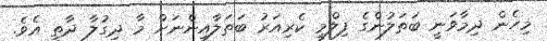
މިހެން ދިމާވަނީ ބަތަލުންގެ ފިލްމީ ކެރިއަރު ބަތަލާއިންނަށް މާ ދިގުލާ ދާތީ އެވެ.